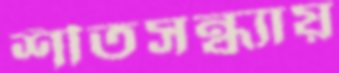
শীতসন্ধ্যায়